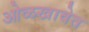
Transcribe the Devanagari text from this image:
ओळखावेत